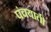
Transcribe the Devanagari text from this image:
पंचयाती